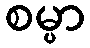
စမ္ပာ